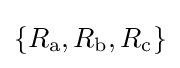
\left\{R_{\text{a}},R_{\text{b}},R_{\text{c}}\right\}